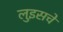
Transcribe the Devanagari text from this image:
लुइसचे